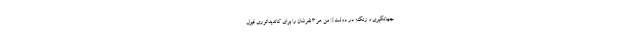
جهانگیری و زنگنه در دولت}: من هر ۳ نفرشان را برای کاندیداتوری قبول